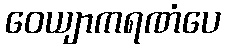
ဝေယျာကရဏံပေ